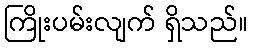
ကြိုးပမ်းလျက် ရှိသည်။